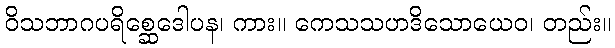
ဝိသဘာဂပရိစ္ဆေဒေါပန၊ ကား။ ကေသသဟဒိသောယေဝ၊ တည်း။